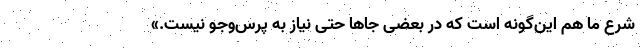
شرع ما هم این‌گونه است که در بعضی جاها حتی نیاز به پرس‌وجو نیست.»